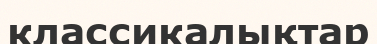
классикалықтар